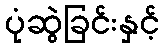
ပုံဆွဲခြင်းနှင့်